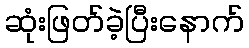
ဆုံးဖြတ်ခဲ့ပြီးနောက်